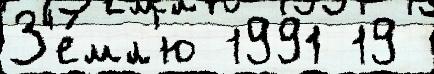
З'е́мл'ю 1991 19